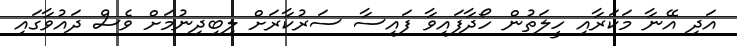
އަދި އޭނާ މަކަރާއި ހީލަތުން ހޯދާފައިވާ ފައިސާ ސަރުކާރަށް ލިބިދިނުމަށް ވެސް ދައުވާގައި